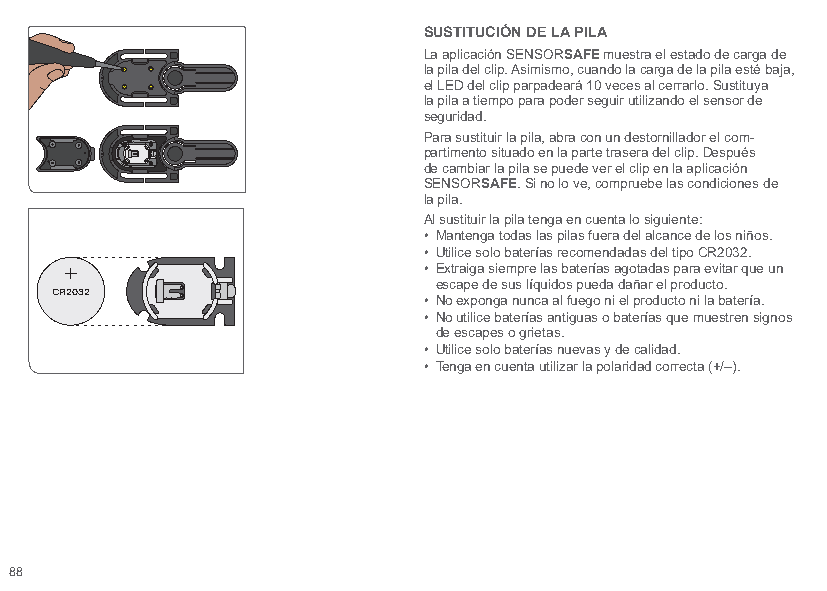
SUSTITUCIÓN DE LA PILA
 La aplicación SENSORSAFE muestra el estado de carga de
 la pila del clip. Asimismo, cuando la carga de la pila esté baja,
 el LED del clip parpadeará 10 veces al cerrarlo. Sustituya
 la pila a tiempo para poder seguir utilizando el sensor de
 seguridad.
 Para sustituir la pila, abra con un destornillador el com-
 partimento situado en la parte trasera del clip. Después
 de cambiar la pila se puede ver el clip en la aplicación
 SENSORSAFE. Si no lo ve, compruebe las condiciones de
 la pila.
 Al sustituir la pila tenga en cuenta lo siguiente:
 • Mantenga todas las pilas fuera del alcance de los niños.
 • Utilice solo baterías recomendadas del tipo CR2032.
 • Extraiga siempre las baterías agotadas para evitar que un
 escape de sus líquidos pueda dañar el producto.
 CR2032
 • No exponga nunca al fuego ni el producto ni la batería.
 • No utilice baterías antiguas o baterías que muestren signos
 de escapes o grietas.
 • Utilice solo baterías nuevas y de calidad.
 • Tenga en cuenta utilizar la polaridad correcta (+/–).
 88